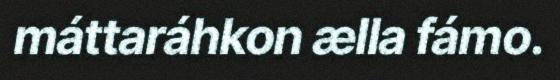
máttaráhkon ælla fámo.